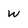
Character: W